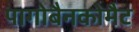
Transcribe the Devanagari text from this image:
पागोबैनकोमैट